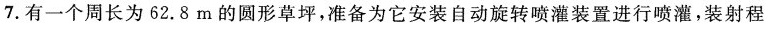
7.有一个周长为62.8m的圆形草坪，准备为它安装自动旋转喷灌装置进行喷灌，装射程